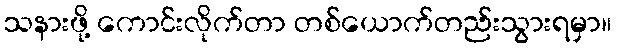
သနားဖို့ ကောင်းလိုက်တာ တစ်ယောက်တည်းသွားရမှာ။